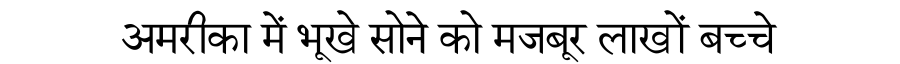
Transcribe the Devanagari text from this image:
अमरीका में भूखे सोने को मजबूर लाखों बच्चे